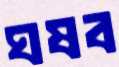
ঘষব